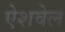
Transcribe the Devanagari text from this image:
ऐशवेल